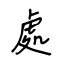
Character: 處